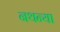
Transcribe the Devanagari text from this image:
नथन्या